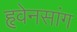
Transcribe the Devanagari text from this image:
हृवेनसांग